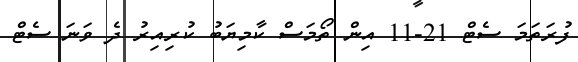
ފުރަތަމަ ސެޓް 21-11 އިން ތޯމަސް ކާމިޔަބު ކުރިއިރު ދެ ވަނަ ސެޓް